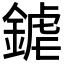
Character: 𨩽